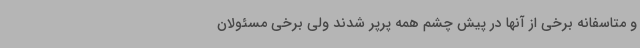
و متاسفانه برخی از آنها در پیش چشم همه پرپر شدند ولی برخی مسئولان